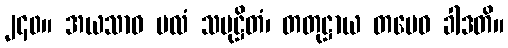
၂၄၀။ အယသာဝ မလံ သမုဋ္ဌိတံ၊ တတုဋ္ဌာယ တမေဝ ခါဒတိ။